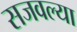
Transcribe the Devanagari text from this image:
सजवल्या